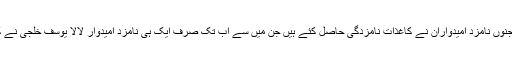
جبکہ حلقہ این اے 264 پر بھی درجنوں نامزد امیدواران نے کاغذات نامزدگی حاصل کئے ہیں جن میں سے اب تک صرف ایک ہی نامزد امیدوار لالا یوسف خلجی نے کاغذات نامزدگی جمع کروائے ہیں ۔